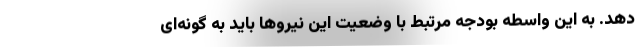
دهد. به این واسطه بودجه مرتبط با وضعیت این نیروها باید به گونه‌ای